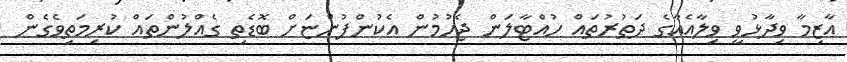
އާޒިމާ ވިދާޅުވީ ވިލާއެއާގެ ދަތުރުތައް ހުއްޓާލަން ޖެހުމުން އެކުންފުންޏަށް ބޮޑެތި ގެއްލުންތައް ކުރިމަތިވެގެން